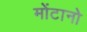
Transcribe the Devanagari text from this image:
मोंटानो